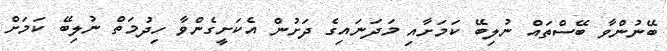
ބޭނުންވާ ބޭސްތައް ނުލިބޭ ކަމަށާއި މަދަނައިގެ ދަށުން އެކަށީގެންވާ ހިދުމަތް ނުލިބޭ ކަމަށް